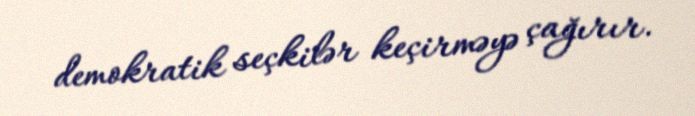
demokratik seçkilər keçirməyə çağırır.